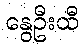
နွေဦးထီ